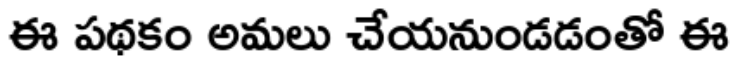
ఈ పథకం అమలు చేయనుండడంతో ఈ